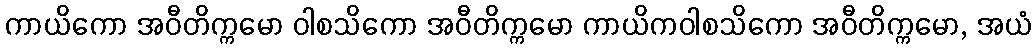
ကာယိကော အဝီတိက္ကမော ဝါစသိကော အဝီတိက္ကမော ကာယိကဝါစသိကော အဝီတိက္ကမော, အယံ